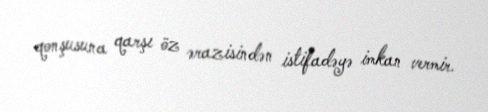
qonşusuna qarşı öz ərazisindən istifadəyə imkan vermir.